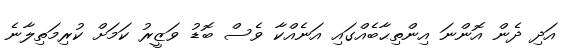
އަދި ދެން އޮންނަ އިންތިޙާބެއްގައި އަނެއްކާ ވެސް ބޮޑު ވަޒީރު ކަމަށް ކުރިމަތިލާނެ